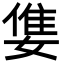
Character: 𡠓